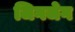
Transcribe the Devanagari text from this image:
जिगजेग